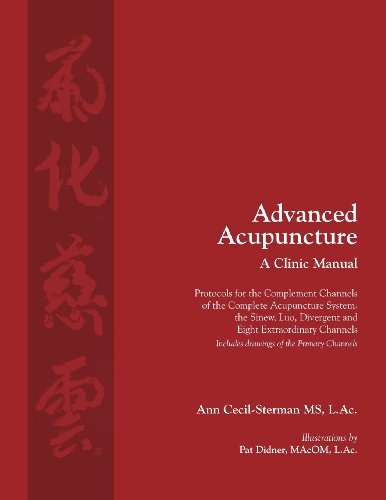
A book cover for Advanced Acupuncture a Clinic Manual; Ann Cecil-Sterman; Health, Fitness & Dieting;